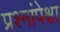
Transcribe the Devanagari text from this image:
प्रश्नांपेक्षा